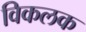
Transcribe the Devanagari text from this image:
विकलक